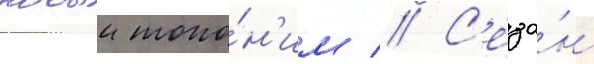
новыи топо́н'им // С'езо́н